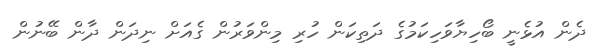
ދެން އުޅެނީ ބޯހިޔާވަހިކަމުގެ ދަތިކަން ހުރި މިންވަރުން ގެއަށް ނިދަން ދާން ބޭނުން